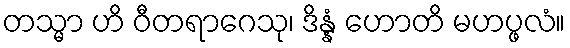
တသ္မာ ဟိ ဝီတရာဂေသု၊ ဒိန္နံ ဟောတိ မဟပ္ဖလံ။